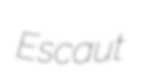
Escaut